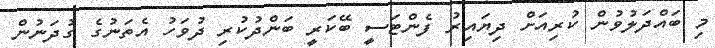
މި ބައްދަލުވުން ކުރިއަށް ދިޔައިރު ފެންޓަސީ ބޭކަރީ ބަންދުކުރި ދުވަހު އެތަނުގެ ގުދަނުން